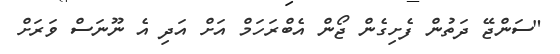
"ސަންޖޭ ދަތުން ފެށިގެން ޖޯން އެބްރަހަމް އަށް އަދި އެ ނޫނަސް ވަރަށް